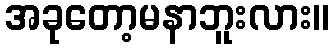
အခုတော့မနာဘူးလား။